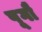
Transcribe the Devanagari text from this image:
पूगौ